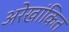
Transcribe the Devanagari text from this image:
अरेखांकित